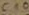
Text: C10